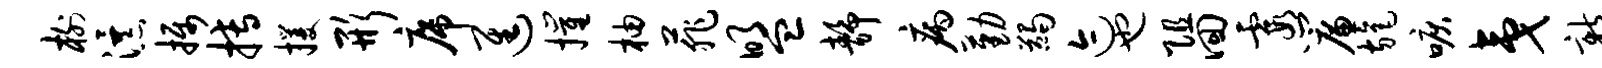
榭瀑摄搏攫形席进摧柚菲盟静病勤蠲迹也阻回霞帘旄唳夷新